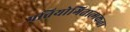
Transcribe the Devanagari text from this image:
प्रतियोगितात्मकता